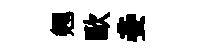
翹歐妾